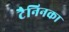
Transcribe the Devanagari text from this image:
टैनिनका